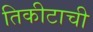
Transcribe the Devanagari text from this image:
तिकीटाची